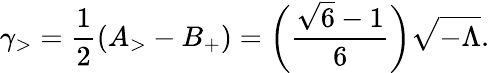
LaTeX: \gamma_{>}=\frac{1}{2}(A_{>}-B_{+})=\biggl(\frac{\sqrt{6}-1}{6}\biggr)\sqrt{-\Lambda}.